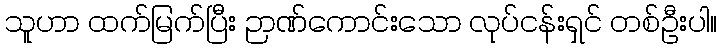
သူဟာ ထက်မြက်ပြီး ဉာဏ်ကောင်းသော လုပ်ငန်းရှင် တစ်ဦးပါ။